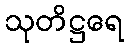
သုတိဋ္ဌရေ